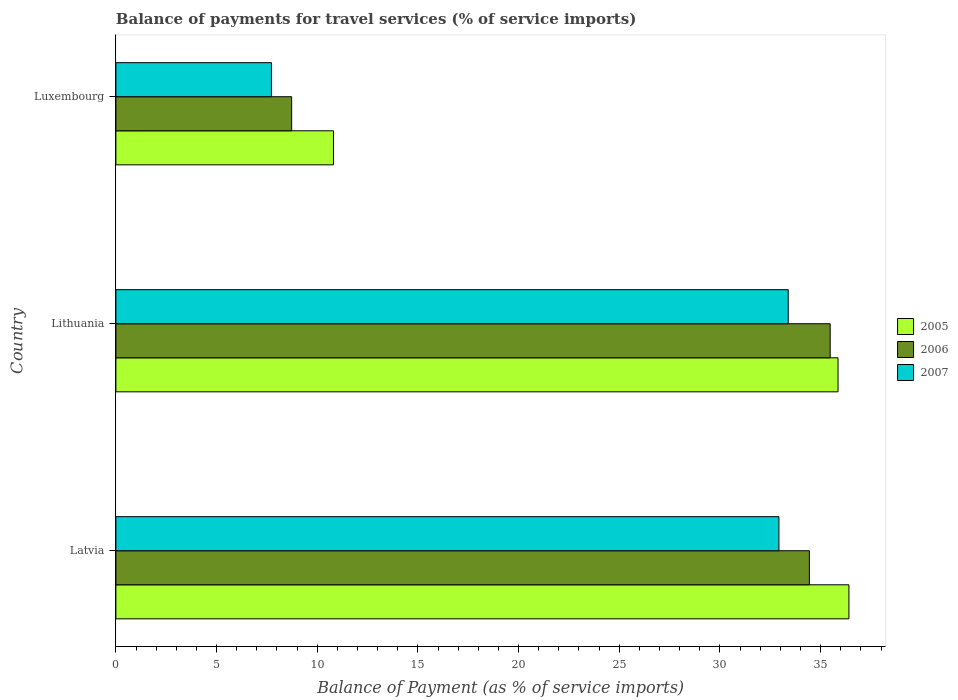
| Country | 2005 | 2006 | 2007 |
 | --- | --- | --- | --- |
 | Latvia | 36.4 | 34.4 | 32.9 |
 | Lithuania | 35.9 | 35.5 | 33.4 |
 | Luxembourg | 10.8 | 8.73 | 7.73 |